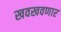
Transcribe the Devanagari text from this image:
खवखवणार